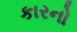
કારનો